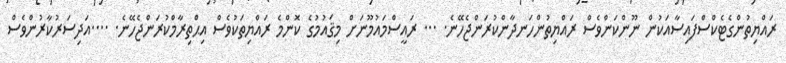
ރައްޔިތުންގެޓެކްސްފައިސާއަކުން ނޫންކަންވެސް ރައްޔިތުންހަނދާންކުރަންޖެހޭނެ. ... ރަައީސްމައުމޫނަށް މިޤައުމުގެ ކޮންމެ ރައްޔިތަކުވެސް އިޙްތިރާމްކުރަންޖެހޭނެ. ....އަދިސަރުކާރުންވެސް